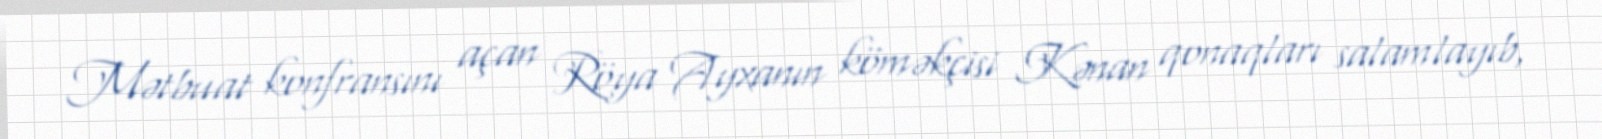
Mətbuat konfransını açan Röya Ayxanın köməkçisi Kənan qonaqları salamlayıb,